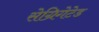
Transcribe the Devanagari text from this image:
सेग्रिगेटेड